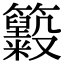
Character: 𥸃